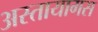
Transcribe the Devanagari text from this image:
अस्तायागस